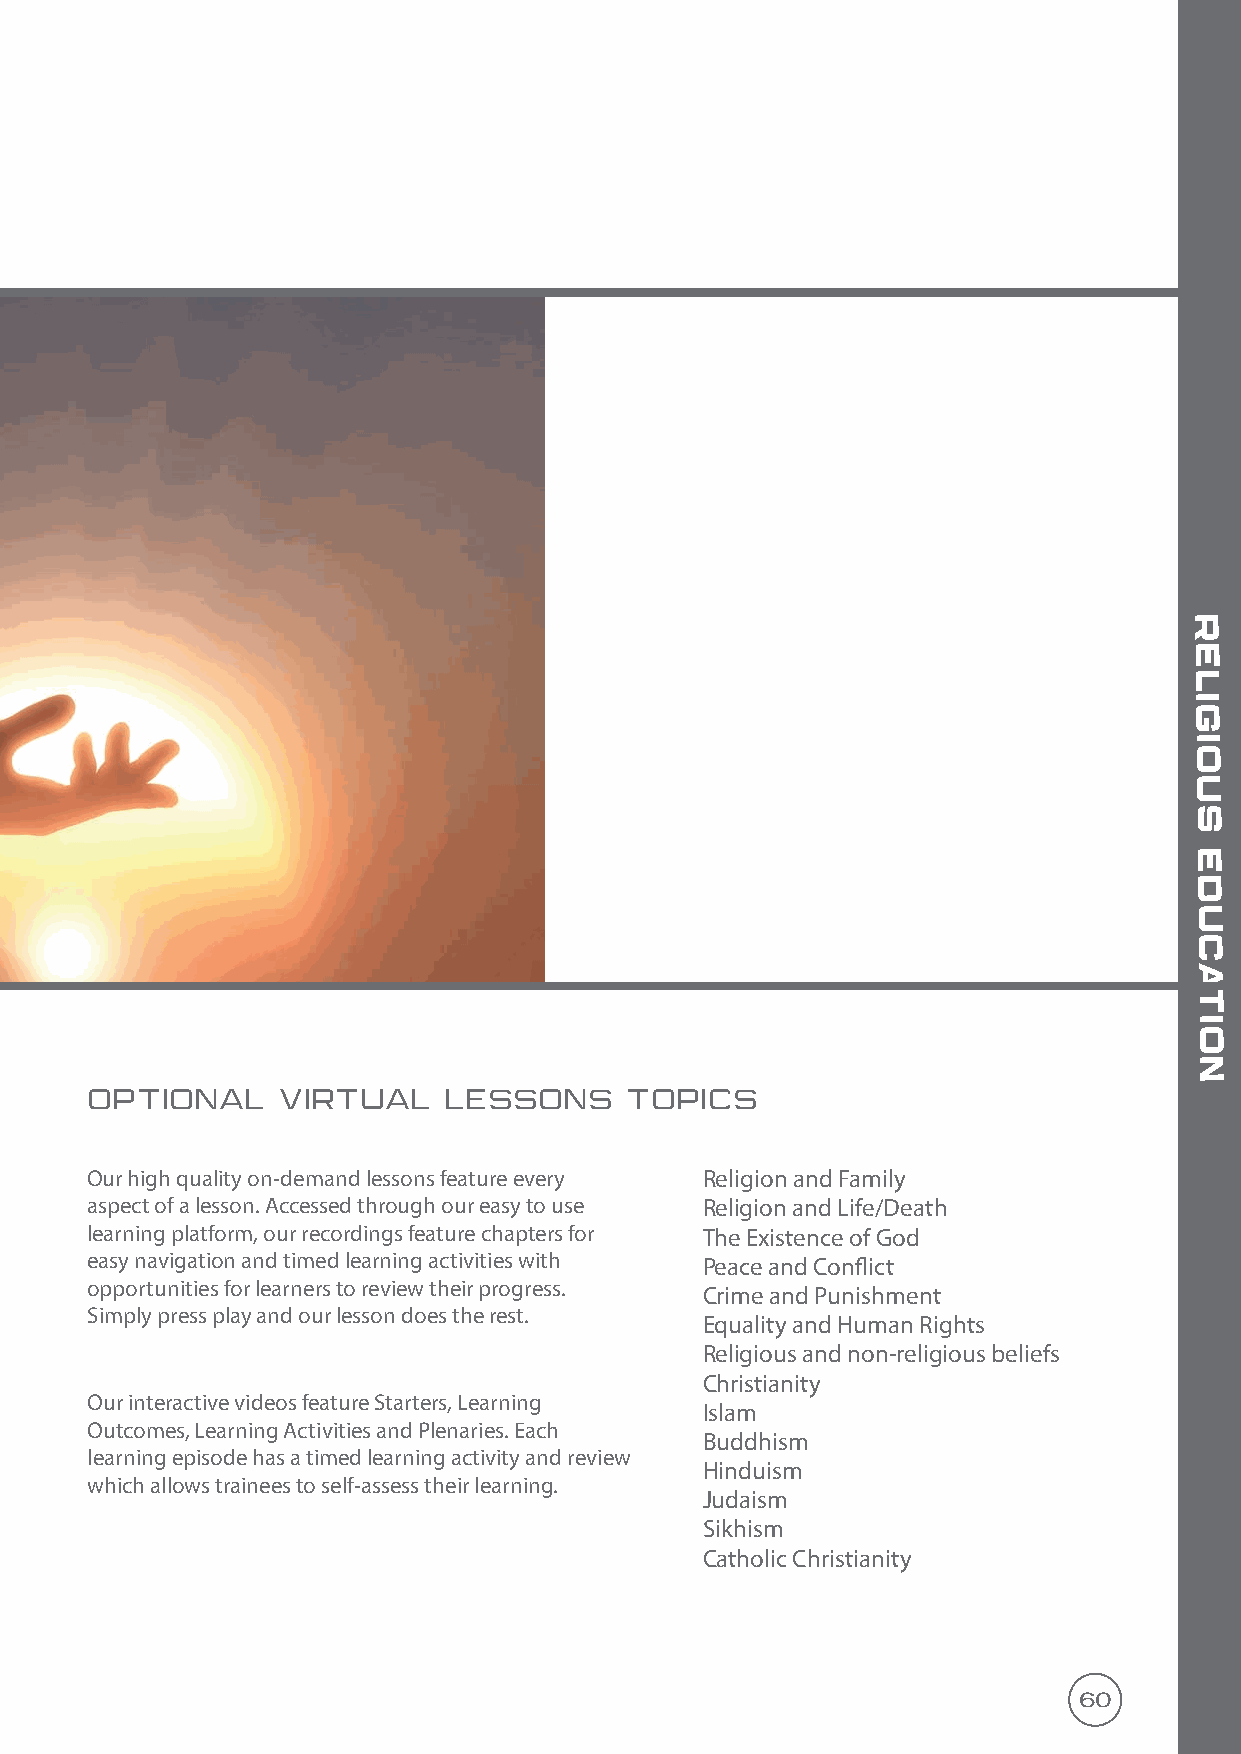
r
 e
 l
 i
 g
 i
 o
 u
 s
 e
 d
 u
 c
 a
 t
 i
 o
 n
 OPTIONAL    VIRTUAL    LESSONS     topics
 Christianity Our high quality on-demand lessons feature every Religion and Family
 Catholic Christianity aspect of a lesson. Accessed through our easy to use Religion and Life/Death
 Islam learning platform, our recordings feature chapters for The Existence of God
 Buddhism easy navigation and timed learning activities with Peace and Conflict
 opportunities for learners to review their progress.
 Hinduism                                      Crime and Punishment
 Simply press play and our lesson does the rest.
 Judaism                                       Equality and Human Rights
 Sikhism                                       Religious and non-religious beliefs
 Religious Expression                          Christianity
 Our interactive videos feature Starters, Learning
 Religious Texts                               Islam
 Outcomes, Learning Activities and Plenaries. Each
 Relationships, Marriage and the Family        Buddhism
 learning episode has a timed learning activity and review
 Crime and Punishment                          Hinduism
 which allows trainees to self-assess their learning.
 Matters of Life and Death                     Judaism
 Origin Stories: Religion vs Science           Sikhism
 Peace and Conflict                            Catholic Christianity
 Equality, Human Rights and Social Justice
 60